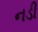
નડી